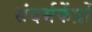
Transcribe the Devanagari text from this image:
संदर्भकेंद्रों